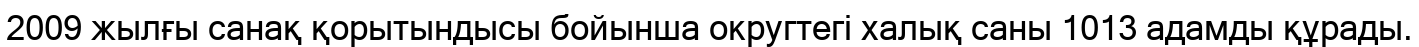
2009 жылғы санақ қорытындысы бойынша округтегі халық саны 1013 адамды құрады.